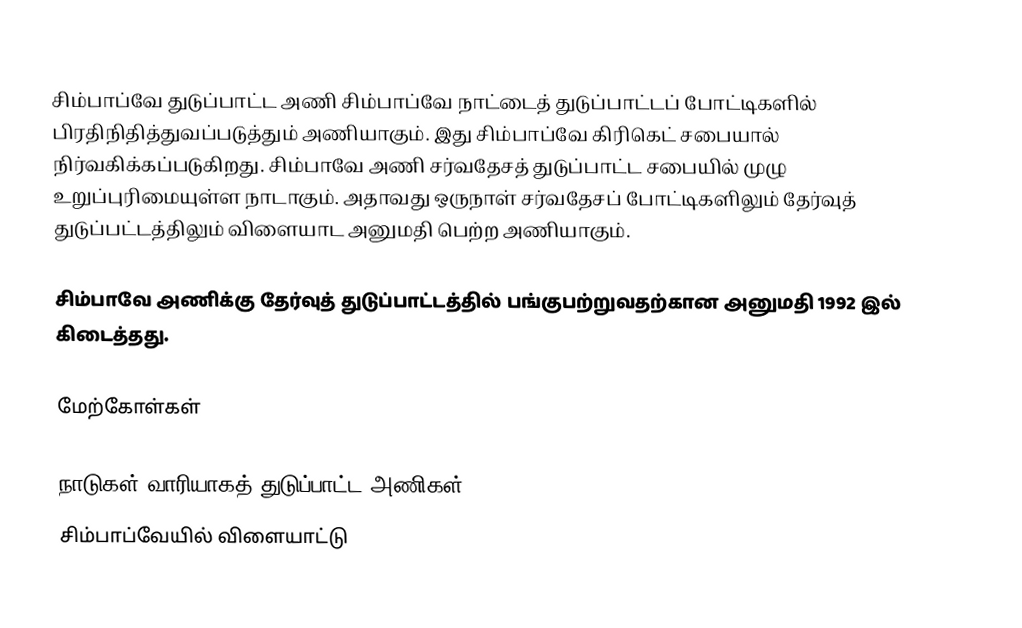
சிம்பாப்வே துடுப்பாட்ட அணி  சிம்பாப்வே நாட்டைத் துடுப்பாட்டப் போட்டிகளில் பிரதிநிதித்துவப்படுத்தும் அணியாகும். இது சிம்பாப்வே கிரிகெட் சபையால் நிர்வகிக்கப்படுகிறது. சிம்பாவே அணி சர்வதேசத் துடுப்பாட்ட சபையில் முழு உறுப்புரிமையுள்ள நாடாகும். அதாவது ஒருநாள் சர்வதேசப் போட்டிகளிலும் தேர்வுத் துடுப்பட்டத்திலும் விளையாட அனுமதி பெற்ற அணியாகும்.

சிம்பாவே அணிக்கு தேர்வுத் துடுப்பாட்டத்தில் பங்குபற்றுவதற்கான அனுமதி 1992 இல் கிடைத்தது.

மேற்கோள்கள்

நாடுகள் வாரியாகத் துடுப்பாட்ட அணிகள்
சிம்பாப்வேயில் விளையாட்டு